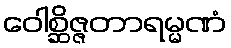
ဝေါစ္ဆိဇ္ဇတာရမ္မဏံ